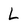
Character: L